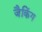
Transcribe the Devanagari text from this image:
जैकिंग